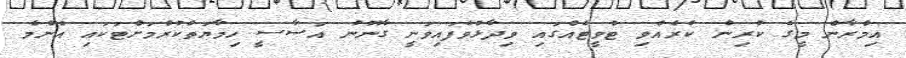
އިމްރާން މީގެ ކުރިން ކުރެއްވި ޓްވީޓެއްގައި ވިދާޅުވެފައިވަނީ ގާނޫނު އަސާސީ ހިމާޔަތްކުރުމަށްޓަކައި އެންމެ